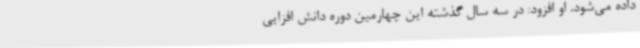
داده می‌شود. او افزود: در سه سال گذشته این چهارمین دوره دانش افزایی